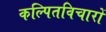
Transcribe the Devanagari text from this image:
कल्पितविचारों